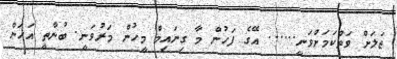
ޖަލަށް ވަތްކަމަށްވަނީ...... އޭގެ ފަހުން މާ ގިނައިމް މީހުން މަރުވަނީ. ބުނާތީ އަހަން